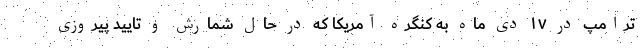
ترامپ در ۱۷ دی ماه به کنگره آمریکا که در حال شمارش و تایید پیروزی